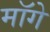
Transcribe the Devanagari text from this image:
माॅगे